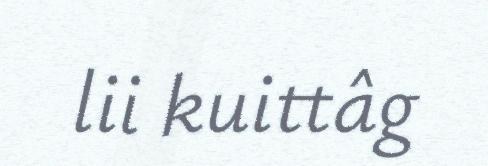
lii kuittâg